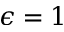
\epsilon = 1